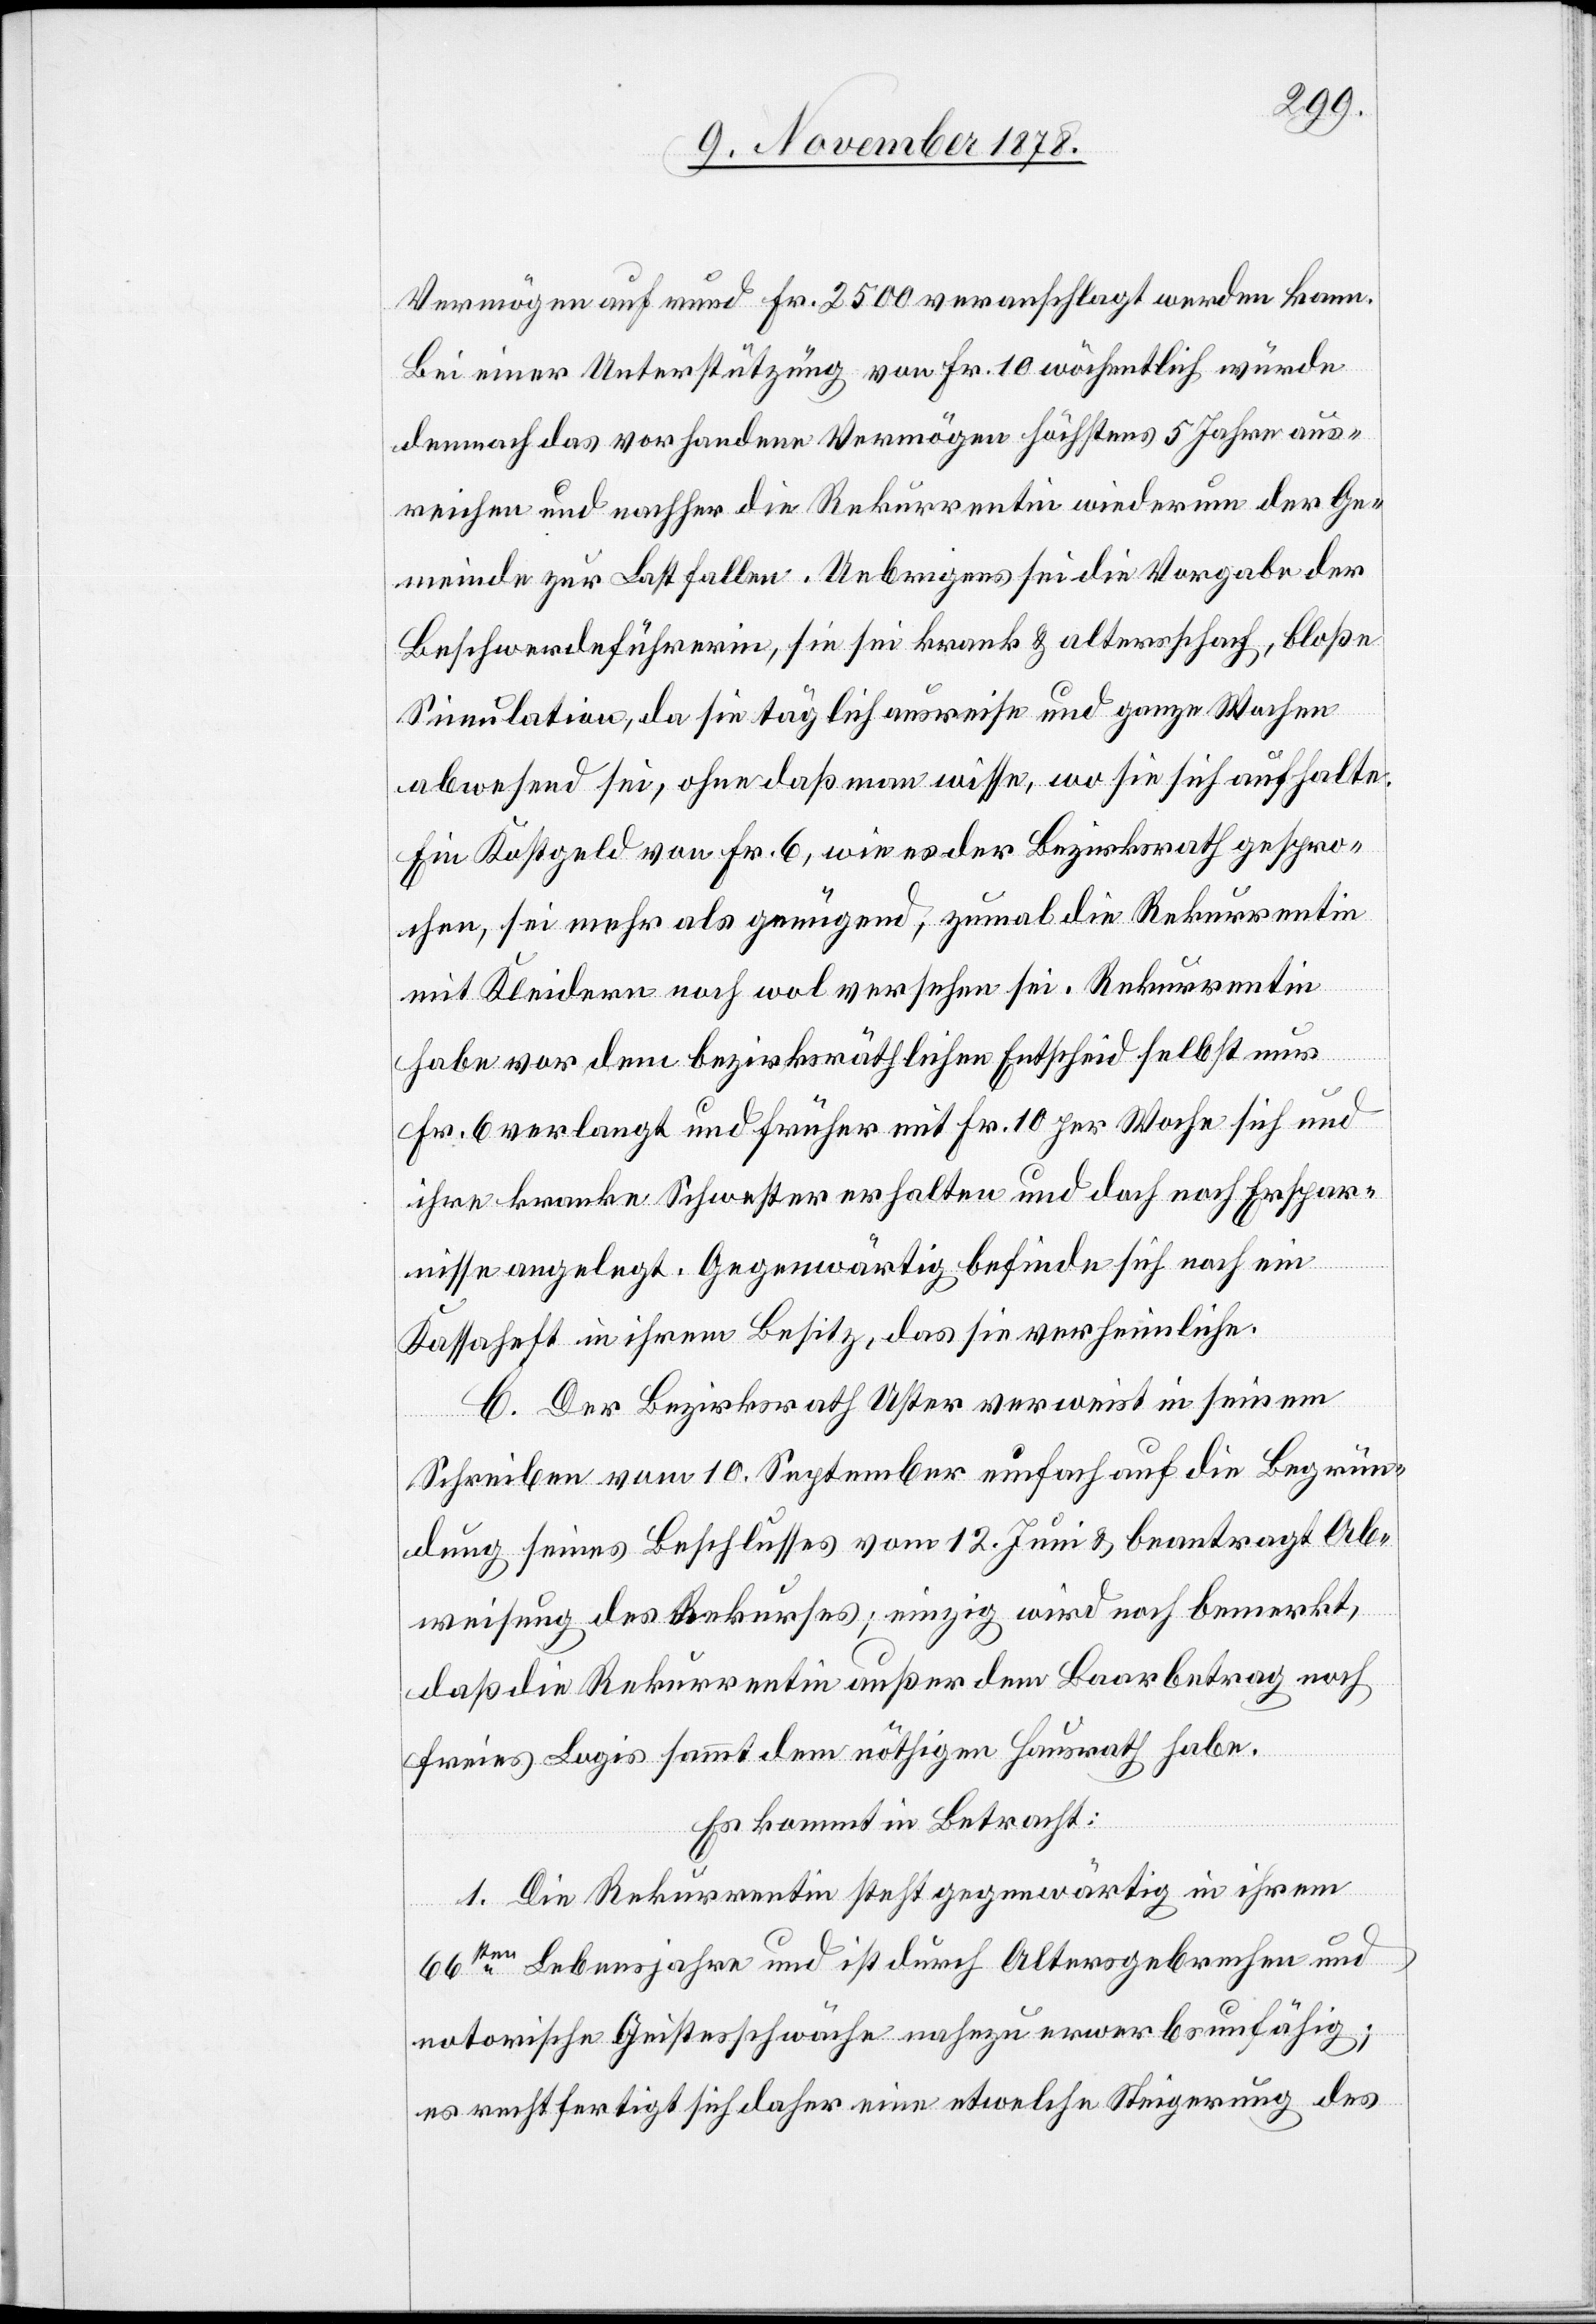
Vermögen auf rund Fr. 2500 veranschlagt werden kann.
Bei einer Unterstützung von Fr. 10 wöchentlich würde
dennoch das vorhandene Vermögen höchstens 5 Jahre aus¬
reichen und nachher die Rekurrentin wiederum der Ge¬
meinde zur Last fallen. Uebrigens sei die Vorgabe der
Beschwerdeführerin, sie sei krank & altersschwach, bloße
Simulation, da sie täglich ausreise und ganze Wochen
abwesend sei, ohne daß man wisse, wo sie sich aufhalte.
Ein Kostgeld von Fr. 6, wie es der Bezirksrath gespro¬
chen, sei mehr als genügend, zumal die Rekurrentin
mit Kleidern noch wohl versehen sei. Rekurrentin
habe vor dem bezirksräthlichen Entscheid selbst nur
Fr. 6 verlangt und früher mit Fr. 10 per Woche sich und
ihre kranke Schwester erhalten und doch noch Erspar¬
nisse angelegt. Gegenwärtig befinde sich noch ein
Kassaheft in ihrem Besitz, das sie verheimliche.
C. Der Bezirksrath Uster verweist in seinem
Schreiben vom 10. September einfach auf die Begrün¬
dung seines Beschlusses vom 12. Juni & beantragt Ab¬
weisung des Rekurses; einzig wird noch bemerkt,
daß die Rekurrentin außer dem Baarbetrag noch
freies Logis sammt dem nöthigen Hausrath habe.
Es kommt in Betracht:
1. Die Rekurrentin steht gegenwärtig in ihrem
66ten Lebensjahre und ist durch Altersgebrechen und
notorische Geistesschwäche nahezu erwerbsunfähig;
es rechtfertigt sich daher eine etwelche Steigerung des